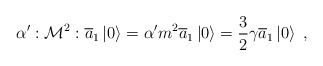
\begin{align*}\alpha ^{\prime }:{\cal M}^2:\overline{a}_1\left| 0\right\rangle =\alpha^{\prime }{\sl m}^2\overline{a}_1\left| 0\right\rangle =\frac 32\gamma\overline{a}_1\left| 0\right\rangle \; , \end{align*}